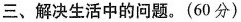
三、解决生活中的问题。(60分)